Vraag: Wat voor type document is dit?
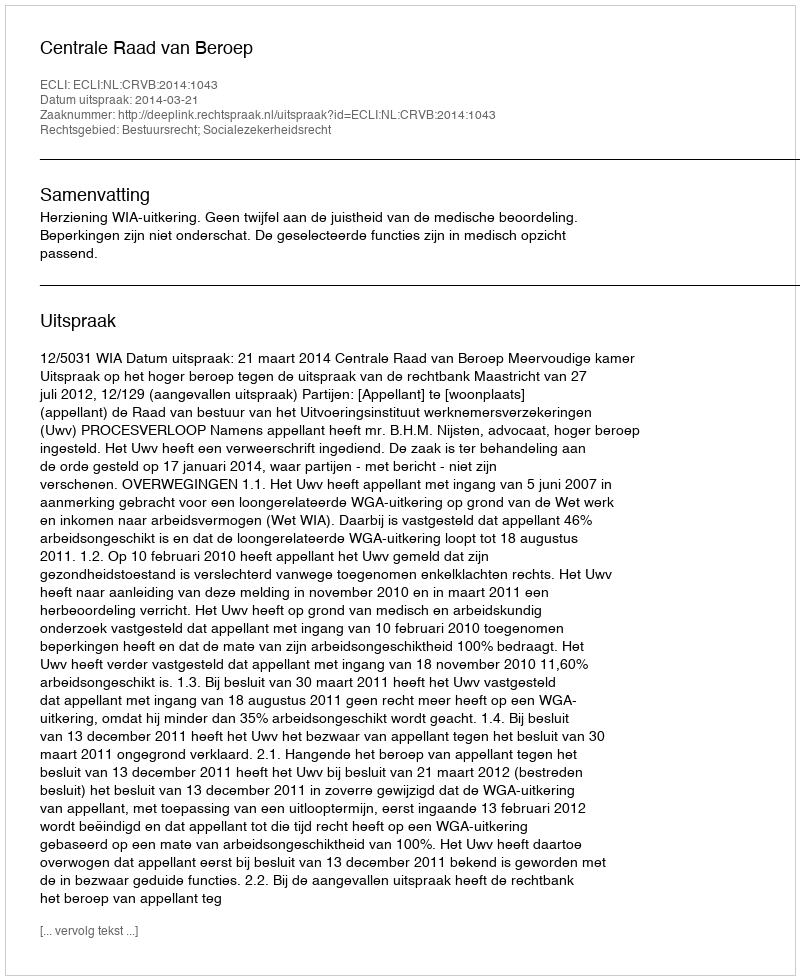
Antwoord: Uitspraak